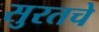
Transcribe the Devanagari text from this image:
सुरतचे